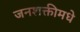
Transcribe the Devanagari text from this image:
जनशक्तीमधे